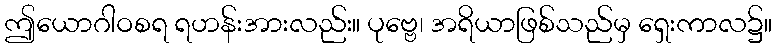
ဤယောဂါဝစရ ရဟန်းအားလည်း။ ပုဗ္ဗေ၊ အရိယာဖြစ်သည်မှ ရှေးကာလ၌။